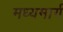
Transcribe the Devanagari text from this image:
मध्‍यमार्ग